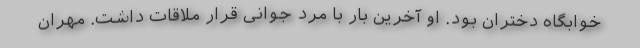
خوابگاه دختران بود. او آخرین بار با مرد جوانی قرار ملاقات داشت. مهران